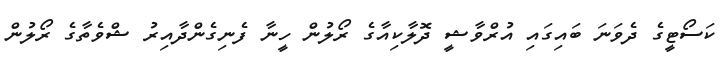
ކަސޯޓީގެ ދެވަނަ ބައިގައި އުރްވާޝީ ދޮލާކިއާގެ ރޯލުން ހީނާ ފެނިގެންދާއިރު ޝްވެތާގެ ރޯލުން